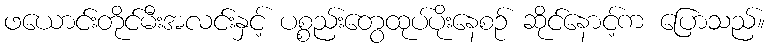
ဖယောင်းတိုင်မီးအလင်းနှင့် ပစ္စည်းတွေထုပ်ပိုးနေစဉ် ဆိုင်နောင့်က ပြောသည်။